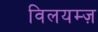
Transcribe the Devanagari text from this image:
विलयम्ज़